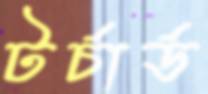
টর্চার্ড